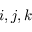
i , j , k